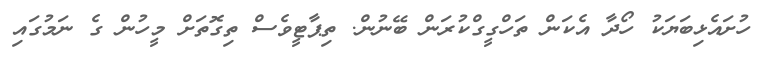
ހުށައެޅިބަޔަކު ހޯދާ އެކަން ތަހްގީގްކުރަން ބޭނުން. ތިޕާޓީވެސް ތިގޮތަށް މީހުން ގެ ނަމުގައި